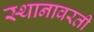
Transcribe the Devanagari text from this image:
स्थानावरती